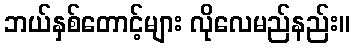
ဘယ်နှစ်တောင့်များ လိုလေမည်နည်း။